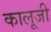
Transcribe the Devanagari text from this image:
कालूजी